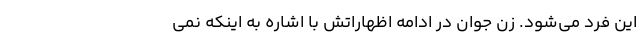
این فرد می‌شود. زن جوان در ادامه اظهاراتش با اشاره به اینکه نمی‌‌